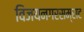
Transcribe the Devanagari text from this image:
विजयनगरसम्राट